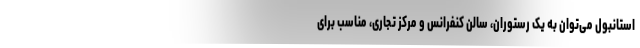
استانبول می‌توان به یک رستوران، سالن کنفرانس و مرکز تجاری، مناسب برای